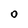
Character: o